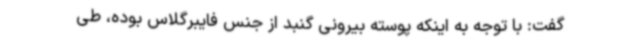
گفت: با توجه به اینکه پوسته بیرونی گنبد از جنس فایبرگلاس بوده، طی